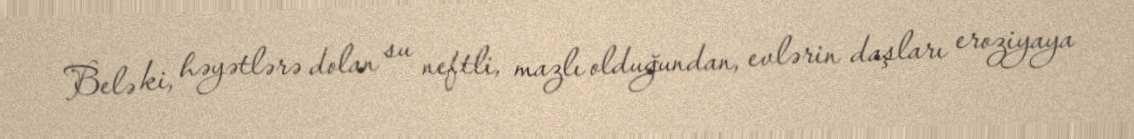
Belə ki, həyətlərə dolan su neftli, mazlı olduğundan, evlərin daşları eroziyaya